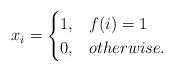
LaTeX: \begin{align*}x_i=\begin{cases}1, &f(i) = 1\\0, &otherwise.\end{cases}\end{align*}